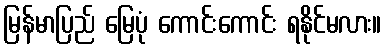
မြန်မာပြည် မြေပုံ ကောင်းကောင်း ရနိုင်မလား။